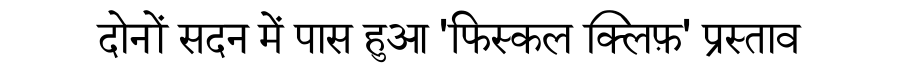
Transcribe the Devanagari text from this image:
दोनों सदन में पास हुआ 'फिस्कल क्लिफ़' प्रस्ताव